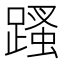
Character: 𨃣